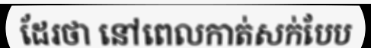
ដែរថា នៅពេលកាត់សក់បែប